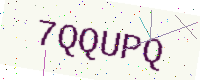
Text: 7QQUPQ